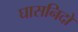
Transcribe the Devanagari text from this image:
घासनिदों